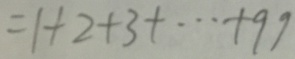
= 1 + 2 + 3 + \cdots + 9 9